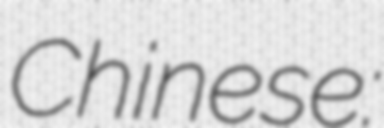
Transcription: Chinese: